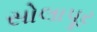
સોલાપૂર